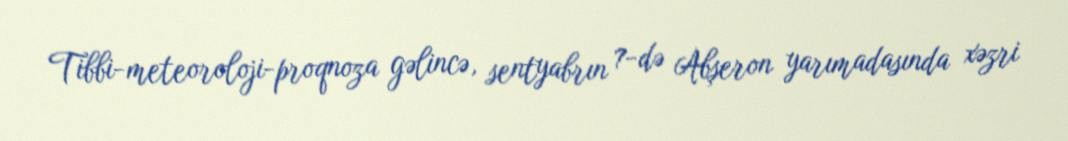
Tibbi-meteoroloji-proqnoza gəlincə, sentyabrın 7-də Abşeron yarımadasında xəzri